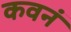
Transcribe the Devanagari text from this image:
कवनं